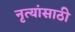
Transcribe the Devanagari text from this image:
नृत्यांसाठी